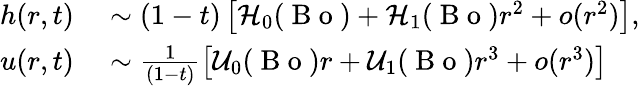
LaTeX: \begin{array}{rl}{h(r,t)}&{{}\sim(1-t)\left[\mathcal{H}_{0}(\mathrm{~B~o~})+\mathcal{H}_{1}(\mathrm{~B~o~})r^{2}+o(r^{2})\right],}\\ {u(r,t)}&{{}\sim\frac{1}{(1-t)}\left[\mathcal{U}_{0}(\mathrm{~B~o~})r+\mathcal{U}_{1}(\mathrm{~B~o~})r^{3}+o(r^{3})\right]}\end{array}